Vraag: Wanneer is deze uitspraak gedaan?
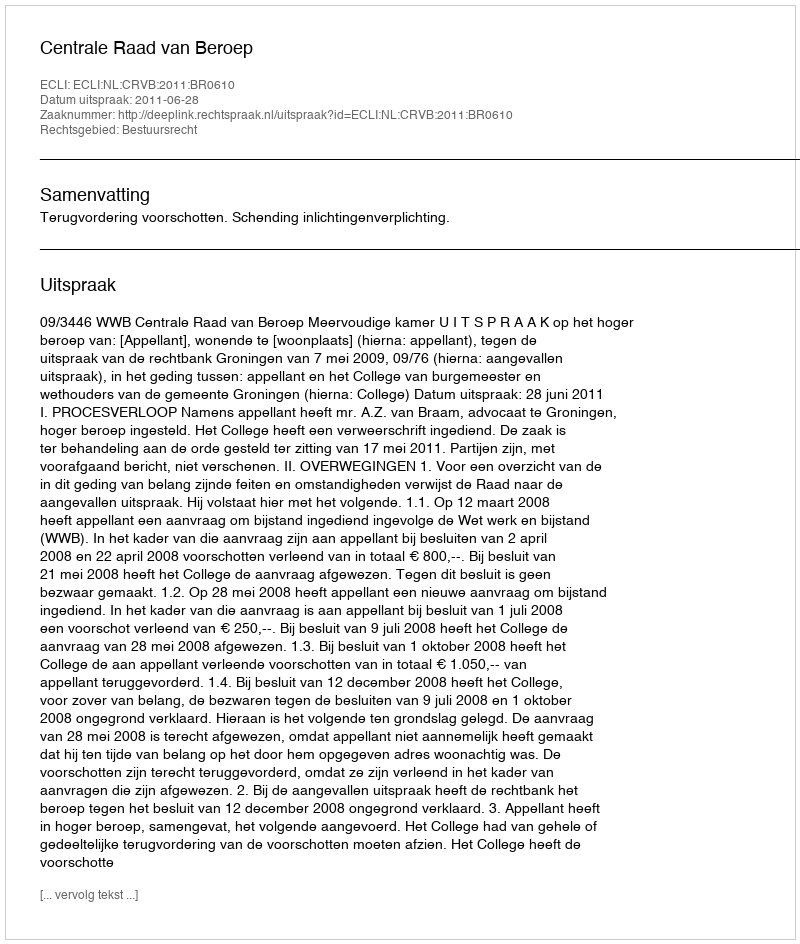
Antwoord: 2011-06-28